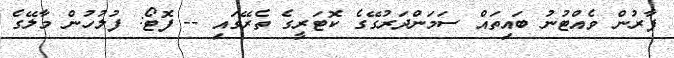
ފާރުން ވެއްޓުނު ބައިތައް ސަމަންދަރުގޭގެ ކޮޓަރީގެ ތެރޭގައި -- ފޮޓޯ: ފުލުހުން މާލޭގެ